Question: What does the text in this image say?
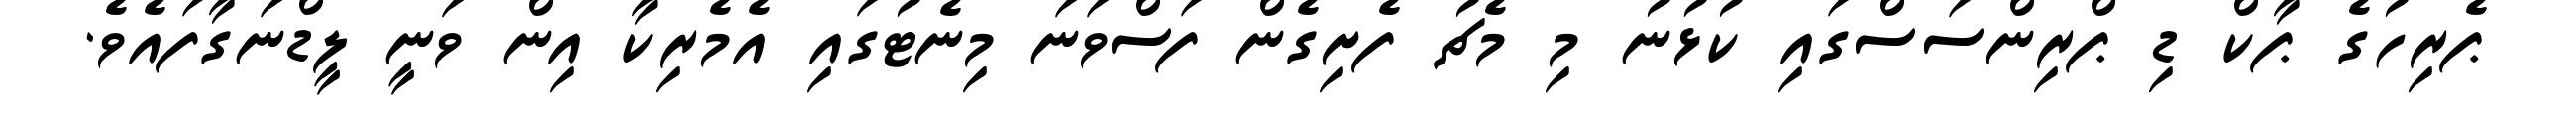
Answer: ޕެރިހުގެ ޕާކް ޑި ޕްރިންސަސްގައި ކުޅުނު މި މެޗު ފެށިގެން ފަސްވަނަ މިނެޓުގައި އެމެރިކާ އިން ވަނީ ލީޑްނަގާފައެވެ.